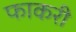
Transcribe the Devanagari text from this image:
फाकरी